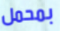
بمحمل